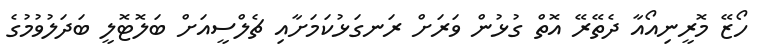
ހޯޒޭ މޮރީނިއޯއާ ދެތޭރޭ އޮތް ގުޅުން ވަރަށް ރަނގަޅުކަމަށާއި ޗެލްސީއަށް ބަލޮޓޮލީ ބަދަލުވުމުގެ